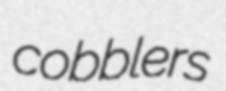
cobblers